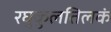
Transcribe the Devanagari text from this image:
रघुकुलतिलकं